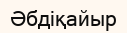
Әбдіқайыр